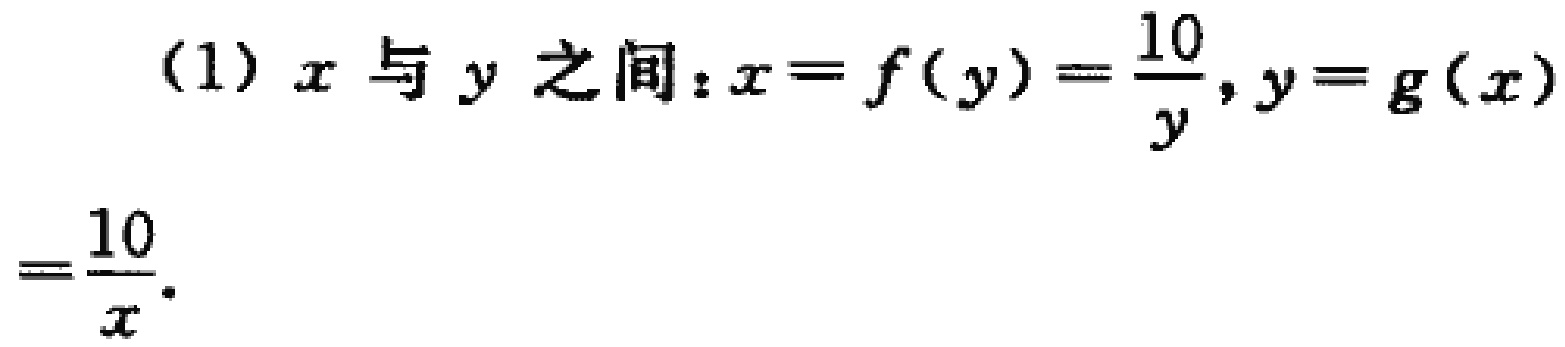
(1) \(x\)与\(y\)之间：\(x = f(y)=\frac{10}{y}, y = g(x)=\frac{10}{x}\)